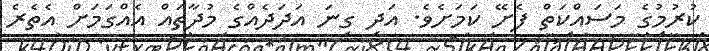
ކުރުމުގެ މަސައްކަތް ފެށޭ ކަމަށެވެ. އަދި ގިނަ އަދަދެއްގެ މުދާތައް އެއްގަމަށް އެތެރެ